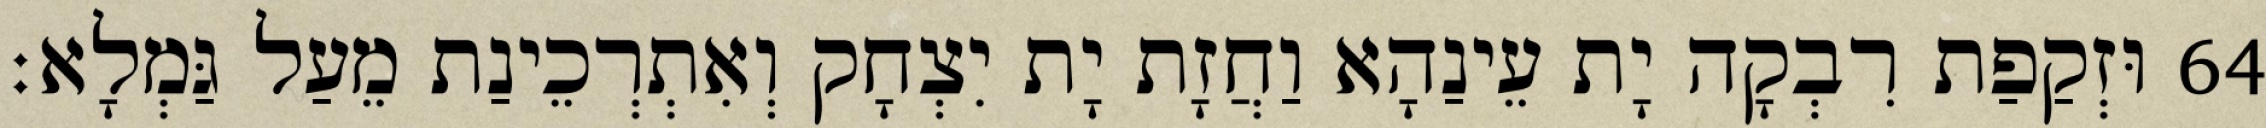
64 וּזְקַפַת רִבְקָה יָת עֵינַהָא וַחֲזָת יָת יִצְחָק וְאִתְרְכֵינַת מֵעַל גַּמְלָא׃